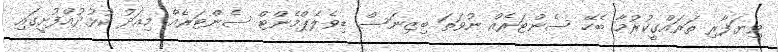
ވިޔަފާރި ތަރައްގީކުރުމާ ބެހޭ ސެންޓަރެއް ނުވަތަ ބިޒިނަސް ޑިވެލެޕްމެންޓް ސެންޓަރެއް މިއަދު ކުޅުދުއްފުށީގައި